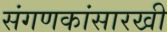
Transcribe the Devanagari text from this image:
संगणकांसारखी